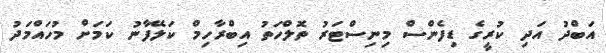
އަބްދު އަދި ކުރީގެ ޑިފެންސް މިނިސްޓަރު ތޮލްހަތު އިބްރާހިމް ކަލޭފާނު ކަމަށް މުހައްމަދު